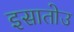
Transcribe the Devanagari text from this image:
इसातोउ